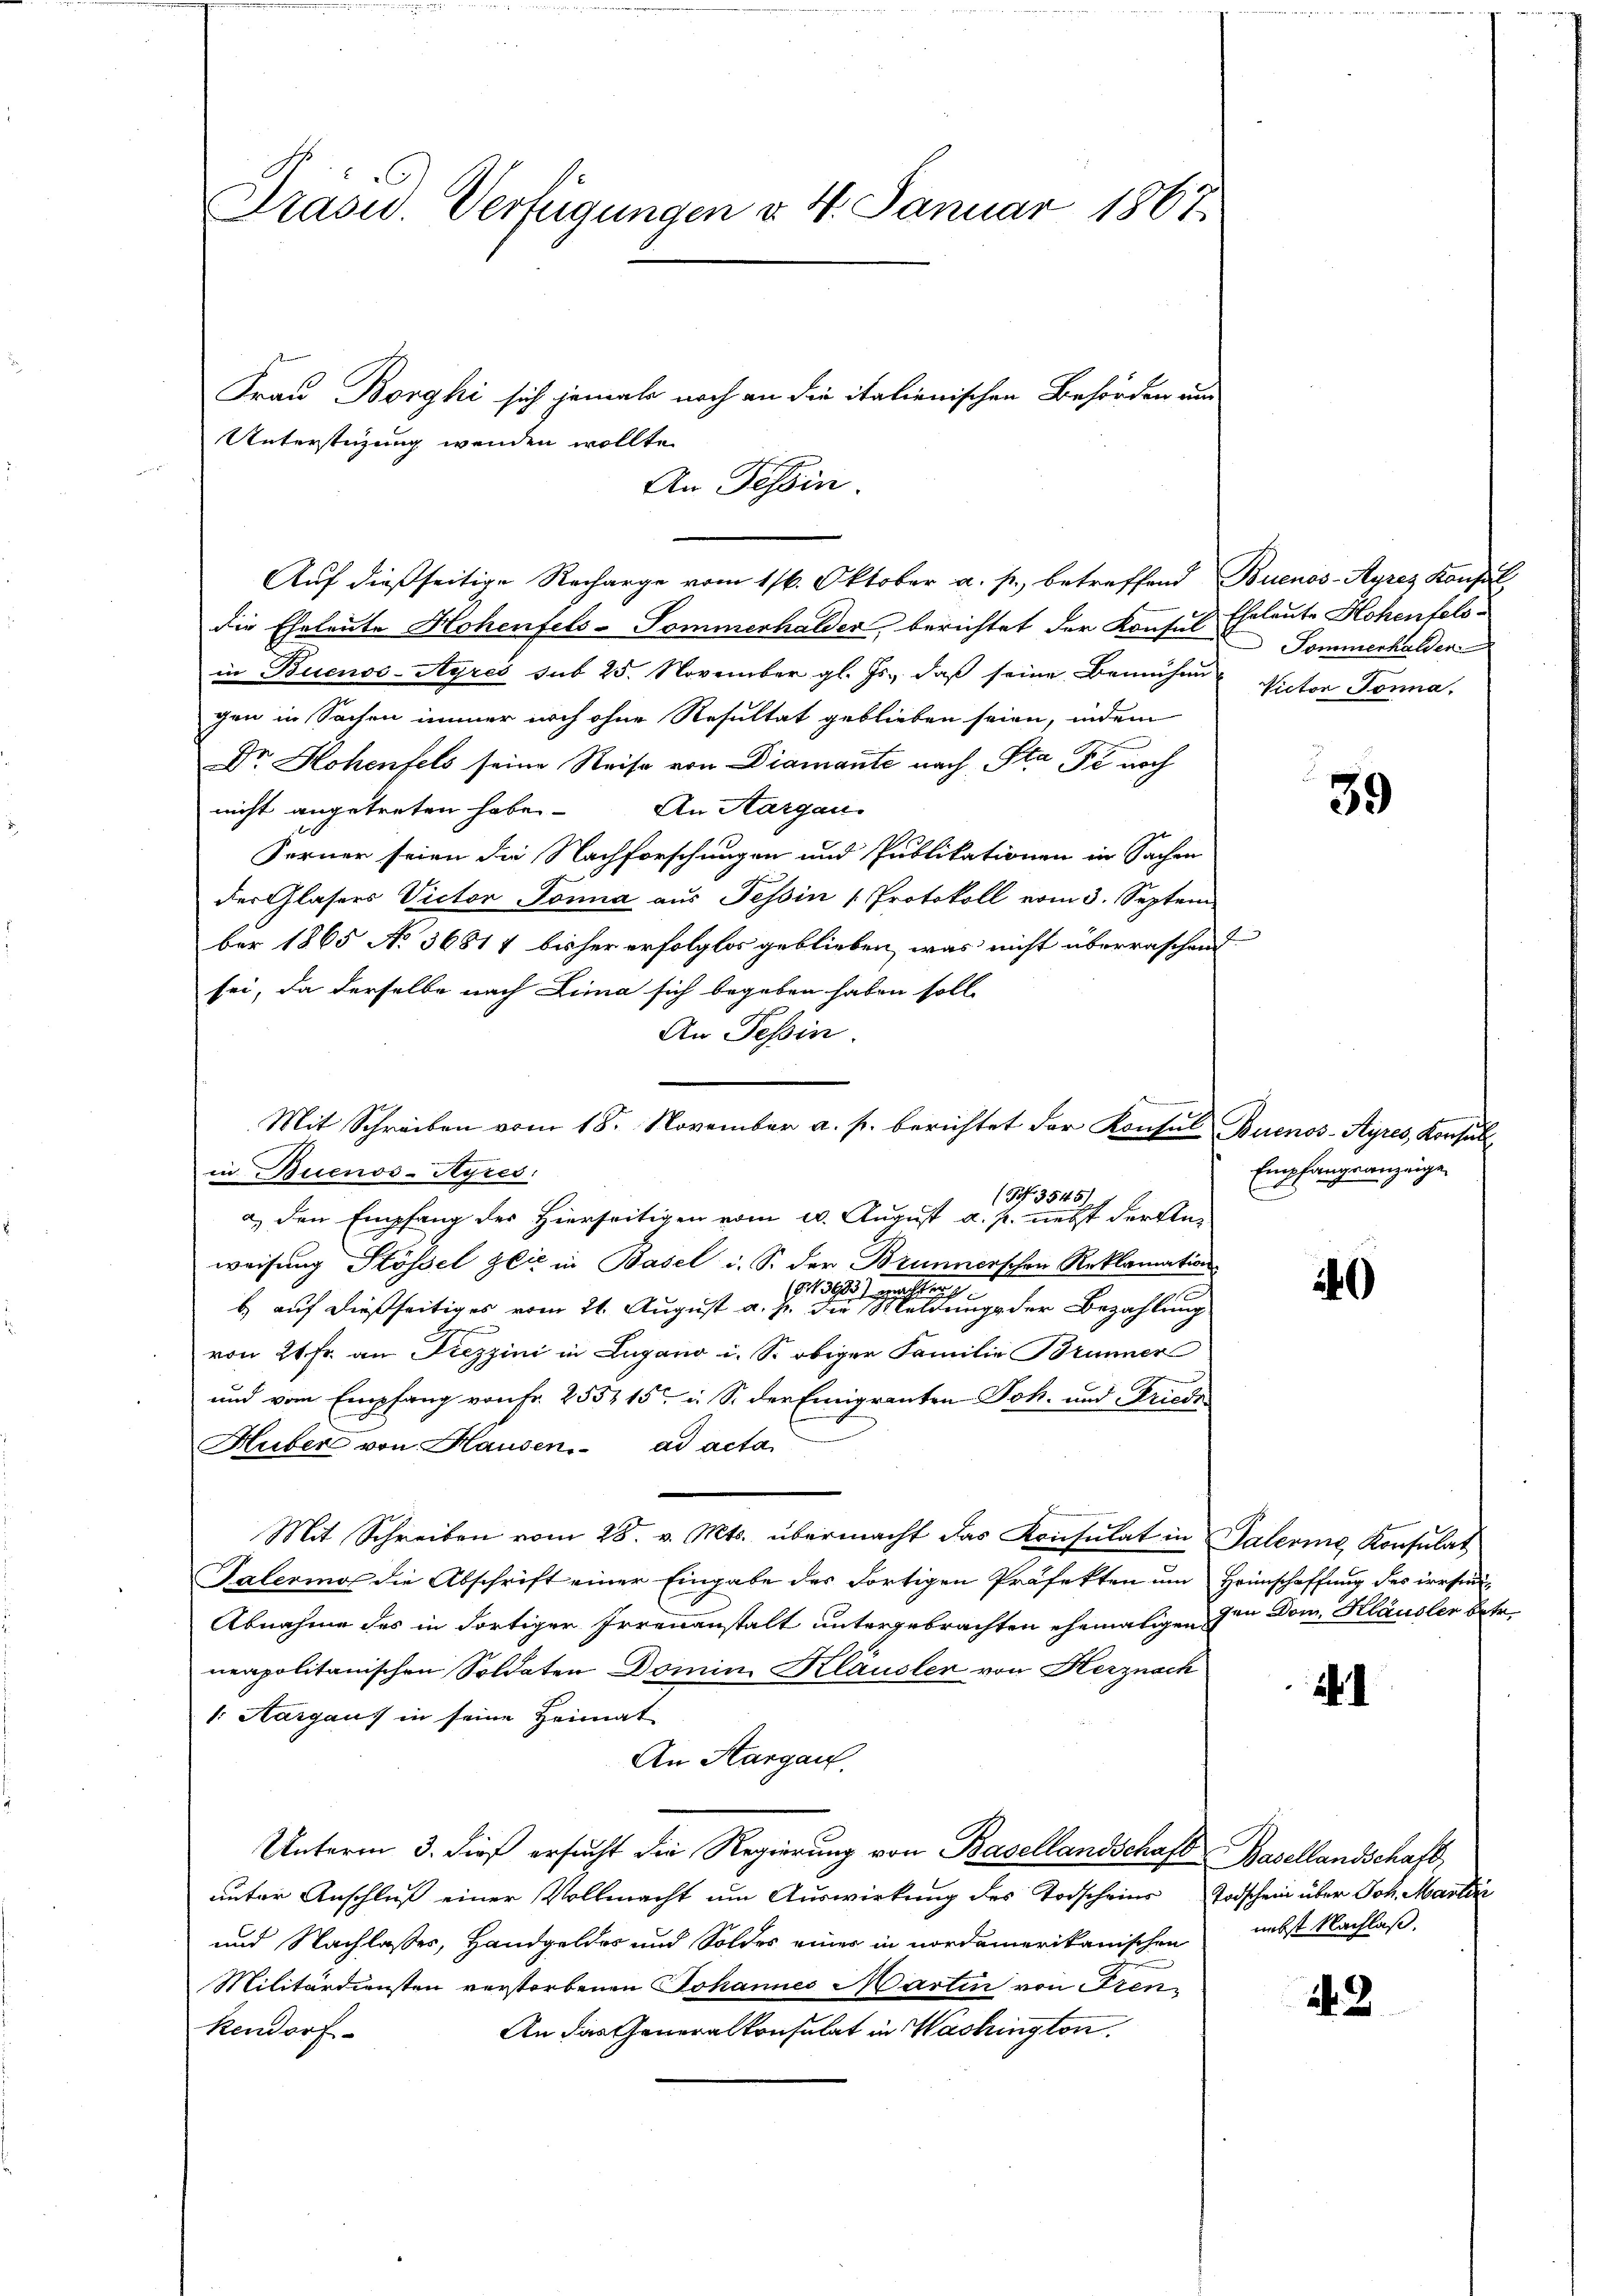
Präsid.. Verfügungen d. 4. Januar 1867

Auf dießseitige Recharge vom 16. Oktober a. p. betreffend Buenos-Ayres Konsul,
die Eheleute Hohenfels-Sommerhalder berichtet der Konsul
in Buenos-Ayres sub 25. November gl. Js. daß seine Bemühen Victor Sonna,
gen in Sachen immer noch ohne Resultat geblieben seien, indem
Dr Hohenfels seine Reise von Diamante nach Sta Pi noch
nicht angetreten habe. An Aargau
Ferner seien die Nachforschungen und Publikationen in Sachen
der Glasers Victor Jonna aus Tessin [Protokoll vom 3. Septem
ber 1865 No 36811 bisher erfolglos geblieben, was nicht überraschend
sei, da derselbe nach Lima sich begeben haben soll
An Tessin.
Mit Schreiben vom 18. November a. p. berichtet der Konsul Buenos-Ayres, Konsul
in Duenos-Ayres:
(NNo. 35451
a. den Empfang des Hierseitigen vom 10. August a. p. nebst der Anweisung Stössel zeit in Basel i. S. der Brunnerschen Reklamation
(§. 13983) Macht e
b) auf dießseitiges vom 21. August a. p. die Meldungs der Bezahlung
von 24 fr. an Diezzini in Lugano i. S. obiger Familie Brunner
und vom Empfang von Fr. 255215 u. S. der Emigranten Joh. und Friede
Huber von Hausen. ad acta
Mit Schreiben vom 28. v. Mts. übermacht das Konsulat in Palerie Konsulat
Talermor die Abschrift einer Eingabe des fortigen Präfekten um Heimschaffung des irrsin-
Abnahme des in dortiger Irrenanstalt untergebrachten ehemaligen den Dom. Klausler betr.
neapolitanischen Soldaten Domini Klausler von Herznach
1. Aargaus in seine Heimat
An Aargau.
Unterm 3. dieß ersucht die Regierung von Basellandschaft Basellandschaft,
unter Anschluß einer Vollmacht um Auswirkung des Todscheins Todschein über Joh. Marti
und Nachlasses, Handgeldes und Soldes eines in nordamerikanischen
Militärdiensten verstorbenen Johannes Martin von Tren¬
An das Generalkonsulat in Washington.
kendorf

Unterstüzung wenden wollte.

Frau Borghi sich jemals noch an die italienischen Behörden und
An Tessin.

Eheleute Hohenfels¬
 Sommerhalden

39

Empfangsanzeige
E

440

nebst Nachlaß.

. 2